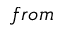
f r o m